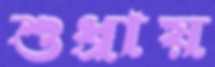
শুধ্‌রায়